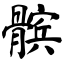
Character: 髌